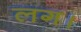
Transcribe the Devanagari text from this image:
लग।